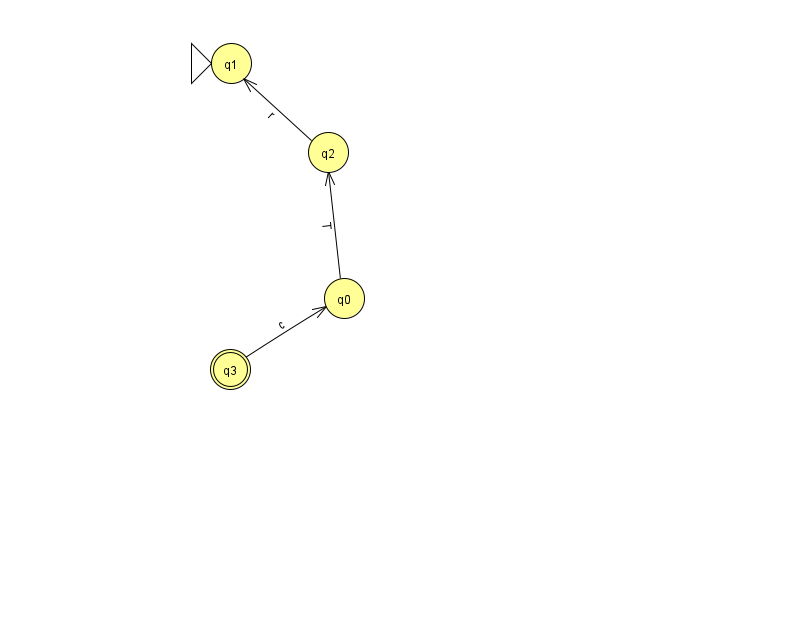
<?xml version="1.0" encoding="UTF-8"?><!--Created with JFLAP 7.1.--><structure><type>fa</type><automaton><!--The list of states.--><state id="0" name="q0"><x>344.0</x><y>285.0</y></state><state id="1" name="q1"><x>231.0</x><y>50.0</y><initial/></state><state id="2" name="q2"><x>328.0</x><y>139.0</y></state><state id="3" name="q3"><x>230.0</x><y>356.0</y><final/></state><!--The list of transitions.--><transition><from>0</from><to>2</to><read>T</read></transition><transition><from>2</from><to>1</to><read>r</read></transition><transition><from>3</from><to>0</to><read>c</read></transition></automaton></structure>